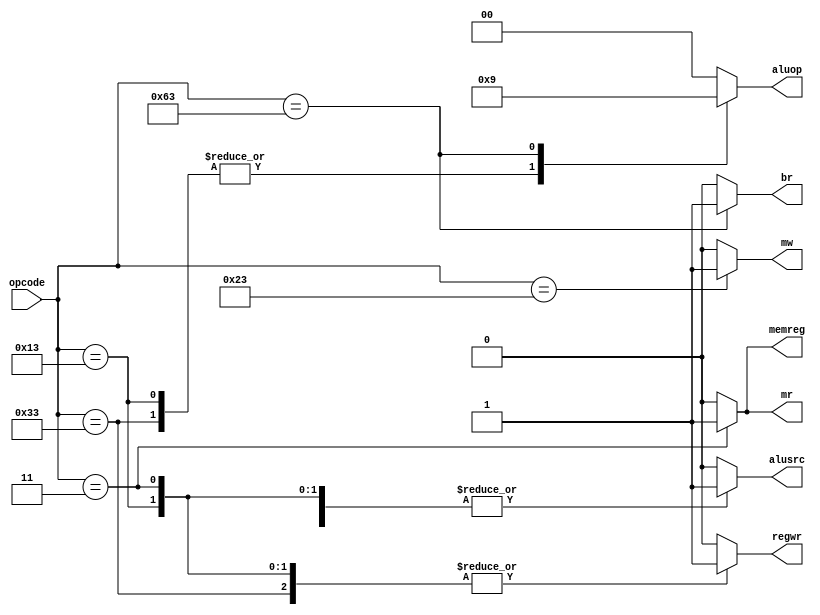
module controlunit(
    input wire [6:0] opcode,
    output reg br,
    output reg memreg,
    output reg mr,
    output reg mw,
    output reg alusrc,
    output reg regwr,
    output reg [1:0] aluop
);
always @(*) begin
    // Default values for outputs to avoid latches
    br = 1'b0;
    mr = 1'b0;
    mw = 1'b0;
    memreg = 1'b0;
    alusrc = 1'b0;
    regwr = 1'b0;
    aluop = 2'b00;

    case (opcode)
        // reg type
        7'h33: begin
            br = 1'b0;
            mr = 1'b0;
            mw = 1'b0;
            memreg = 1'b0;
            alusrc = 1'b0;
            regwr = 1'b1;
            aluop = 2'b10;
        end
        // Imm type
        7'h13: begin
            br = 1'b0;
            mr = 1'b0;
            mw = 1'b0;
            memreg = 1'b0;
            alusrc = 1'b1;
            regwr = 1'b1;
            aluop = 2'b10;
        end
        // Load type
        7'h03: begin
            br = 1'b0;
            mr = 1'b1;
            mw = 1'b0;
            memreg = 1'b1;
            alusrc = 1'b1;
            regwr = 1'b1;
            aluop = 2'b00;
        end
        // Store type
        7'h23: begin
            br = 1'b0;
            mr = 1'b0;
            mw = 1'b1;
            memreg = 1'b0;
            alusrc = 1'b1;
            regwr = 1'b0; // regwr should be 0 for store instructions
            aluop = 2'b00;
        end
        // Branch type
        7'h63: begin
            br = 1'b1;
            mr = 1'b0;
            mw = 1'b0;
            memreg = 1'b0;
            alusrc = 1'b0;
            regwr = 1'b0;
            aluop = 2'b01;
        end
        default: begin
            // Default values for unrecognized opcodes
            br = 1'b0;
            mr = 1'b0;
            mw = 1'b0;
            memreg = 1'b0;
            alusrc = 1'b0;
            regwr = 1'b0;
            aluop = 2'b00;
        end
    endcase
end
endmodule